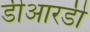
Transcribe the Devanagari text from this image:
डीआरडी